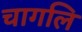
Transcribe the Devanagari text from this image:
चागलि